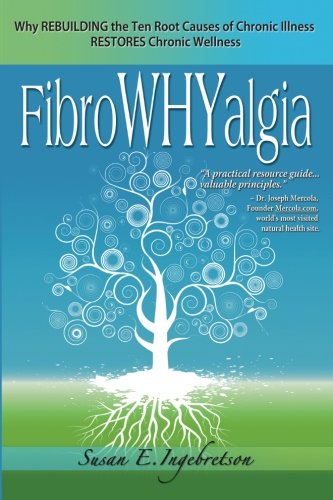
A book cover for FibroWHYalgia: Why Rebuilding the Ten Root Causes of Chronic Illness Restores Chronic Wellness; Susan E. Ingebretson; Health, Fitness & Dieting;